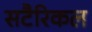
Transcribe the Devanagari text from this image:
सटैरिकल